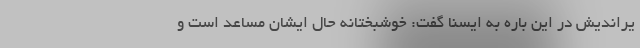
یراندیش در این باره به ایسنا گفت: خوشبختانه حال ایشان مساعد است و